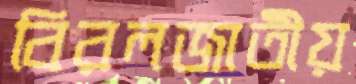
বিরলজাতীয়